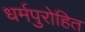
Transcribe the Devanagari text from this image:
धर्मपुरोहित